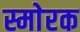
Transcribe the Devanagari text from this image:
स्माेरक